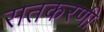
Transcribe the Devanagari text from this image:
सतकरणी